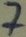
Text: 7